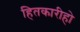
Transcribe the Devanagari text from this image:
हितकारीहो